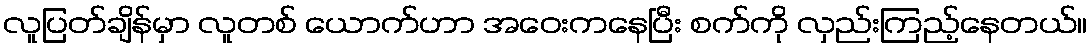
လူပြတ်ချိန်မှာ လူတစ် ယောက်ဟာ အဝေးကနေပြီး စက်ကို လှည်းကြည့်နေတယ်။